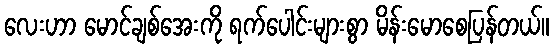
လေးဟာ မောင်ချစ်အေးကို ရက်ပေါင်းများစွာ မိန်းမောစေပြန်တယ်။